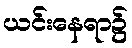
ယင်းနေရာ၌